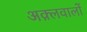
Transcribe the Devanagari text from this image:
अक़्लवालों